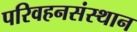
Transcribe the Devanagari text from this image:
परिवहनसंस्थान